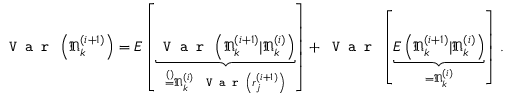
\texttt { V a r } \left( \mathfrak { N } _ { k } ^ { ( i + 1 ) } \right) = E \left[ \underbrace { \texttt { V a r } \left( \mathfrak { N } _ { k } ^ { ( i + 1 ) } | \mathfrak { N } _ { k } ^ { ( i ) } \right) } _ { \stackrel { ( ) } { = } \mathfrak { N } _ { k } ^ { ( i ) } ~ \texttt { V a r } \left( r _ { j } ^ { ( i + 1 ) } \right) } \right] + \texttt { V a r } \left[ \underbrace { E \left( \mathfrak { N } _ { k } ^ { ( i + 1 ) } | \mathfrak { N } _ { k } ^ { ( i ) } \right) } _ { = \mathfrak { N } _ { k } ^ { ( i ) } } \right] \, .